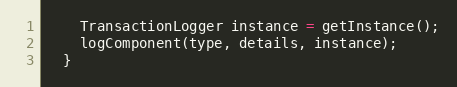
Language: Java
    TransactionLogger instance = getInstance();
    logComponent(type, details, instance);
  }